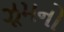
ઝૂમનો